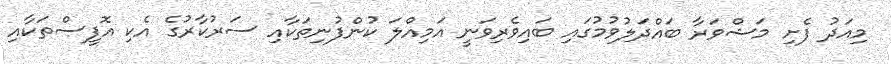
މިއަދު ފެށި މަޝްވަރާ ބައްދަލުވުމުގައި ބައިވެރިވަނީ އަމިއްލަ ކުންފުނިތަކާއި ސަރުކާރުގެ އެކި އޮފީސްތަކާއި